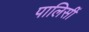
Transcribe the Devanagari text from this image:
पालिसीं